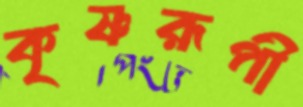
কৃষ্ণরূপী